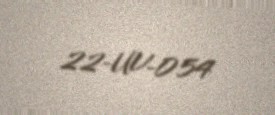
22-UV-054